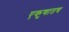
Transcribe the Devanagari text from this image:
एकुणातच